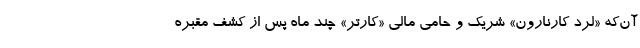
آن‌که «لرد کارنارون» شریک و حامی مالی «کارتر» چند ماه پس از کشف مقبره